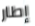
إطار